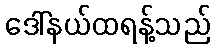
ဒေါ်နယ်ထရန့်သည်